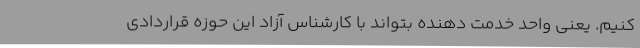
کنیم. یعنی واحد خدمت دهنده بتواند با کارشناس آزاد این حوزه قراردادی